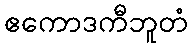
ဧကောဒကီဘူတံ